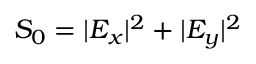
S _ { 0 } = | E _ { x } | ^ { 2 } + | E _ { y } | ^ { 2 }